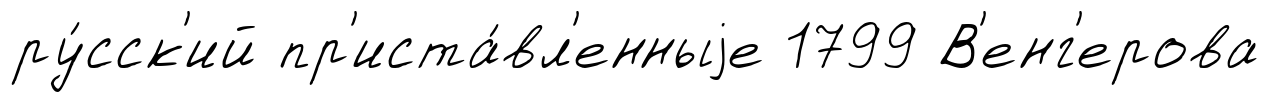
ру́сск'ий пр'иста́вл'енныjе 1799 В'енг'ерова